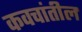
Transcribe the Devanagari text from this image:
कवचांतील